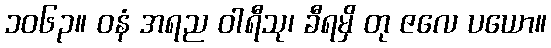
၁၀၆၃။ ဝနံ အရည ဝါရီသု၊ ခီရမှိ တု ဇလေ ပယော။